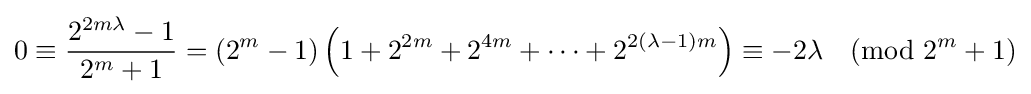
0\equiv {\frac {2^{2m\lambda }-1}{2^{m}+1}}=(2^{m}-1)\left(1+2^{2m}+2^{4m}+\cdots +2^{2(\lambda -1)m}\right)\equiv -2\lambda {\pmod {2^{m}+1}}